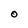
Character: O